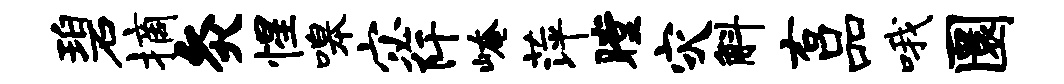
碧摘灸惺嗥宓阡崦萍瞠灾斛右品哦圜